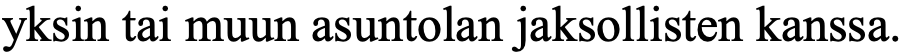
yksin tai muun asuntolan jaksollisten kanssa.